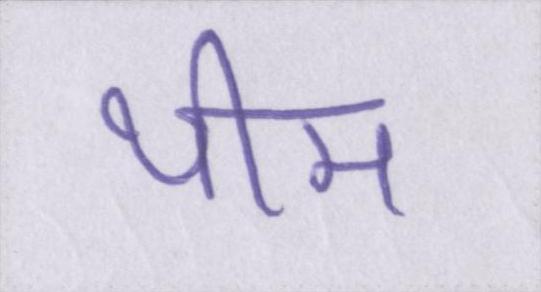
थीम